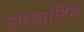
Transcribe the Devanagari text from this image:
अॅतपारिन